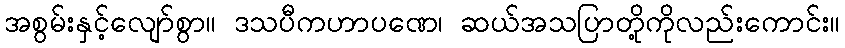
အစွမ်းနှင့်လျော်စွာ။ ဒသပီကဟာပဏေ၊ ဆယ်အသပြာတို့ကိုလည်းကောင်း။